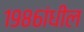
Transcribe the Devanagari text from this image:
१९८६ांधील